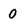
Character: 0